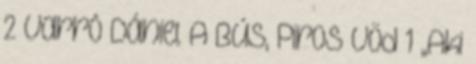
2 Varró Dániel A Bús, Piros Vöd 1 ,,Aki